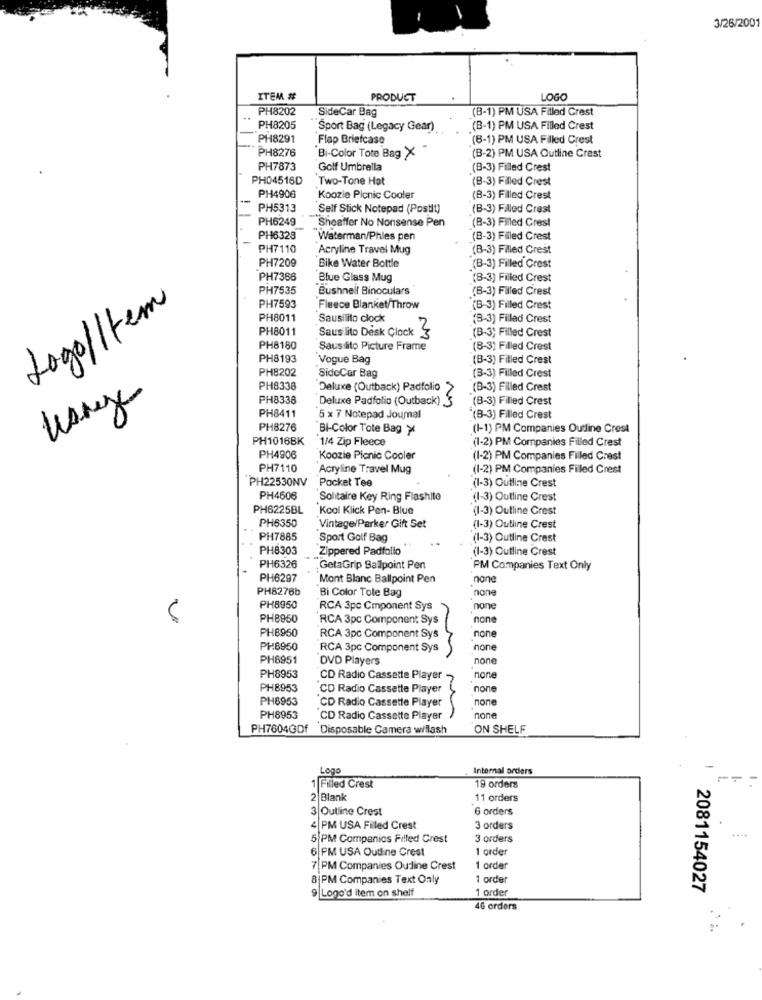
3/26/2001
ITEM #
PRODUCT
LOGO
PH8202
SideCar Bag
(B-1) PM USA Filled Crest
PH8205
Sport Bag (Legacy Gear)
(B-1) PM USA Filled Crest
PH8291
Flap Briefcase
(8-1) PM USA Filled Crest
PH8276
Bi-Color Tote Bag X
(B-2) PM USA Outline Crest
PH7873
Golf Umbrella
(B-3) Filed Crest
PH04516D
Two-Tone Hat
(B-3) Filled Crest
PH4906
Koozie Picnic Cooler
(B-3) Filled Crest
PH5313
Self Stick Notepad (Postit)
(B-3) Filled Crest
PH6249
(B-3) Filled Crest
Sheaffer No Nonsense Pen
PH6328
Waterman/Phles pen
(B-3) Filled Crest
PH7110
Acryline Travel Mug
(B-3) Filled Crest
PH7209
Bike Water Bottle
(B-3) Filled Crest
PH7366
Blue Glass Mug
"(B-3) Filled Crest
PH7535
Bushnell Binoculars
(B-3) Filled Crest
Logo/Item
PH7593
Fleece Blanket/Throw
(B-3) Filled Crest
PH8011
Sausilito clock
(8-3) Fillad Crest
PH8011
2
(B-3) Filled Crest
Saus lito Desk Clock 3
PH8180
Saussito Picture Frame
(B-3) Filled Crest
PH8193
Vogue Bag
(B-3) Filled Crest
PH8202
SideCar Bag
(3-3) Filled Crest
PH8338
Deluxe (Outback) Padfolio >
(B-3) Filled Crest
PH8338
Deluxe Padfolio (Outback) 3
(B-3) Filled Crest
PH8411
5 x 7 Notepad Joumal
'(B-3) Filled Crest
PH8276
Bi-Color Tote Bag X
(I-1) PM Companies Outline Crest
PH1016BK 1/4 Zip Fleece
(1-2) PM Companies Filled Crest
PH4906
Koozie Picnic Cooler
(I-2) PM Companies Filled Crest
PH7110
Acryline Travel Mug
(1-2) PM Companies Filled Crest
PH22530NV
Pocket Tee
(1-3) Outline Crest
PH4606
Solitaire Key Ring Flashite
(1-3) Outline Crest
PH6225BL
Kool Klick Pen- Blue
(1-3) Outline Crest
PH6350
Vintage/Parker Gift Set
(1-3) Outline Crest
PH7885
Sport Golf Bag
(1-3) Outline Crest
PH8303
Zippered Padfolio
(1-3) Outline Crest
PH6326
,GetaGrip Ballpoint Pen
PM Companies Text Only
PH6297
Mont Blanc Ballpoint Pen
none
PH8276b
Bi Color Tole Bag
none
PH8950
RCA 3pc Cmponent Sys
none
PH8950
RCA 3pc Component Sys
non
PH8950
RCA 3pc Component Sys
none
PH8950
RCA 3pc Component Sys
none
PH8951
DVD Players
none
PH8953
CD Radio Cassette Player
none
PH8953
CD Radio Cassette Player
none
PH8953
CD Radio Cassette Player
none
PH8953
CD Radio Cassette Player
none
PH7604GDf Disposable Camera wiflash
ON SHELF
Internal orders
Logo
1Filled Crest
19 orders
2 Blank
11 orders
3 Outline Crest
6 orders
4 PM USA Filled Crest
3 orders
5 PM Companios Filled Crest
3 orders
6 PM USA Outline Crest
1 order
7 PM Companies Outline Crest
1 order
8|PM Companies Text Only
1 orde
1 order
2081154027
9 Logo'd item on shelf
46 orders